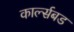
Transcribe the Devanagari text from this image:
कार्ल्सबड